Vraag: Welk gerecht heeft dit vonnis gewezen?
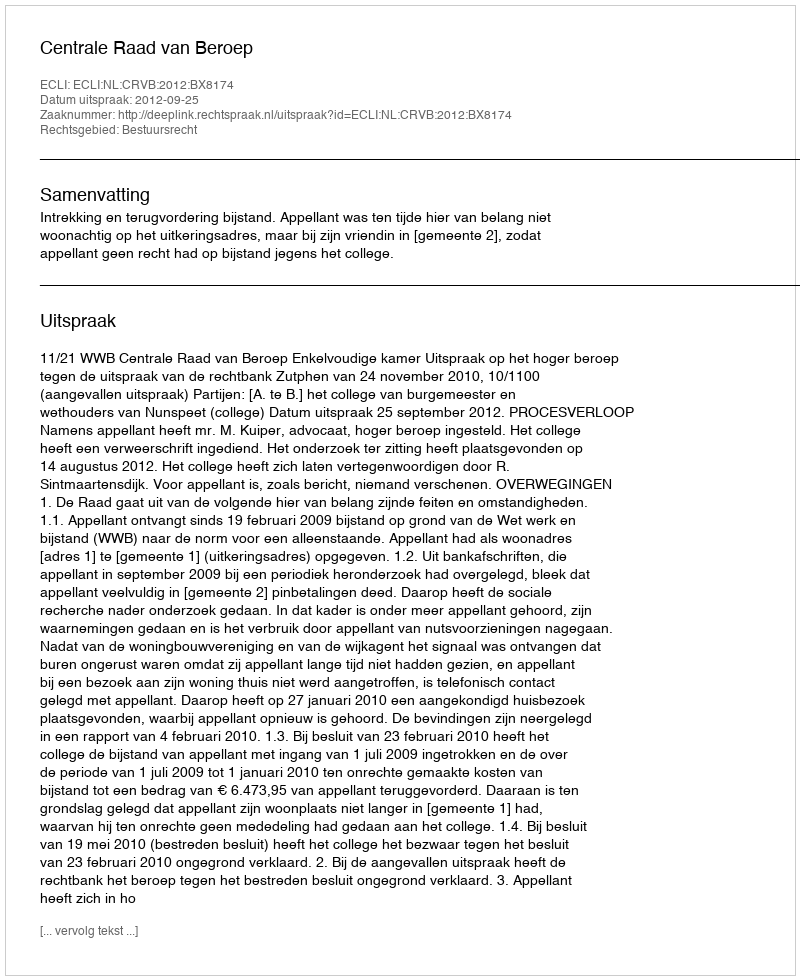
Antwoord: Centrale Raad van Beroep